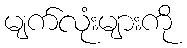
မျက်လုံးများကို